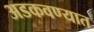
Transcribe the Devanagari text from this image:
अडकवण्यात